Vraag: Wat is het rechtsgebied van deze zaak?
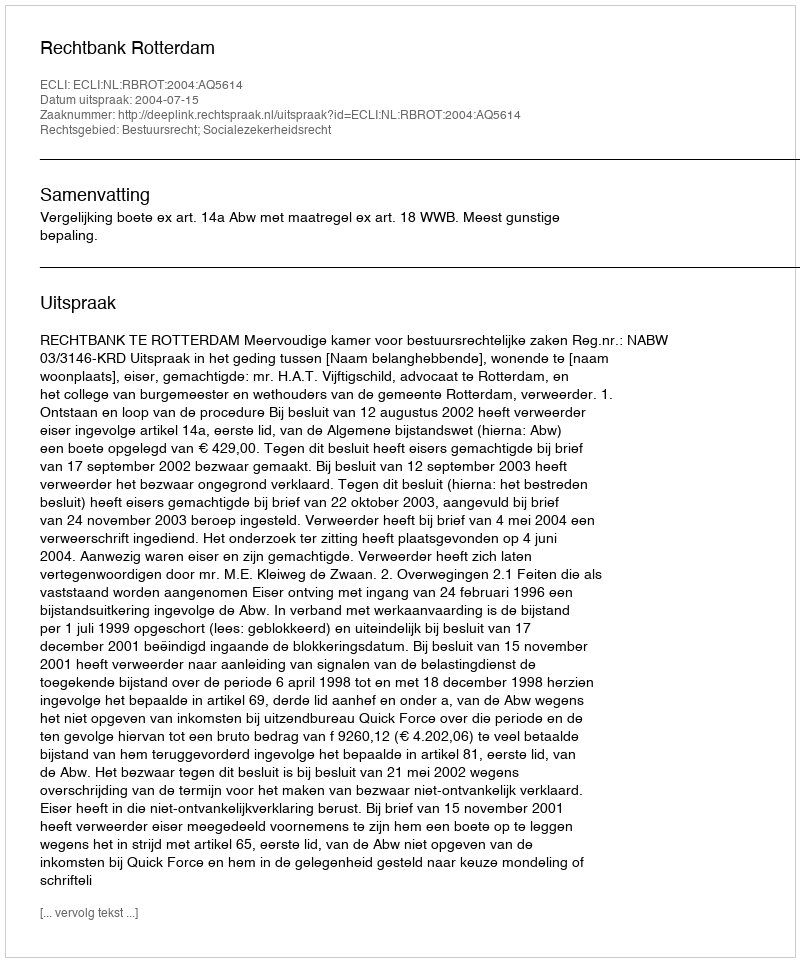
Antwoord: Bestuursrecht; Socialezekerheidsrecht